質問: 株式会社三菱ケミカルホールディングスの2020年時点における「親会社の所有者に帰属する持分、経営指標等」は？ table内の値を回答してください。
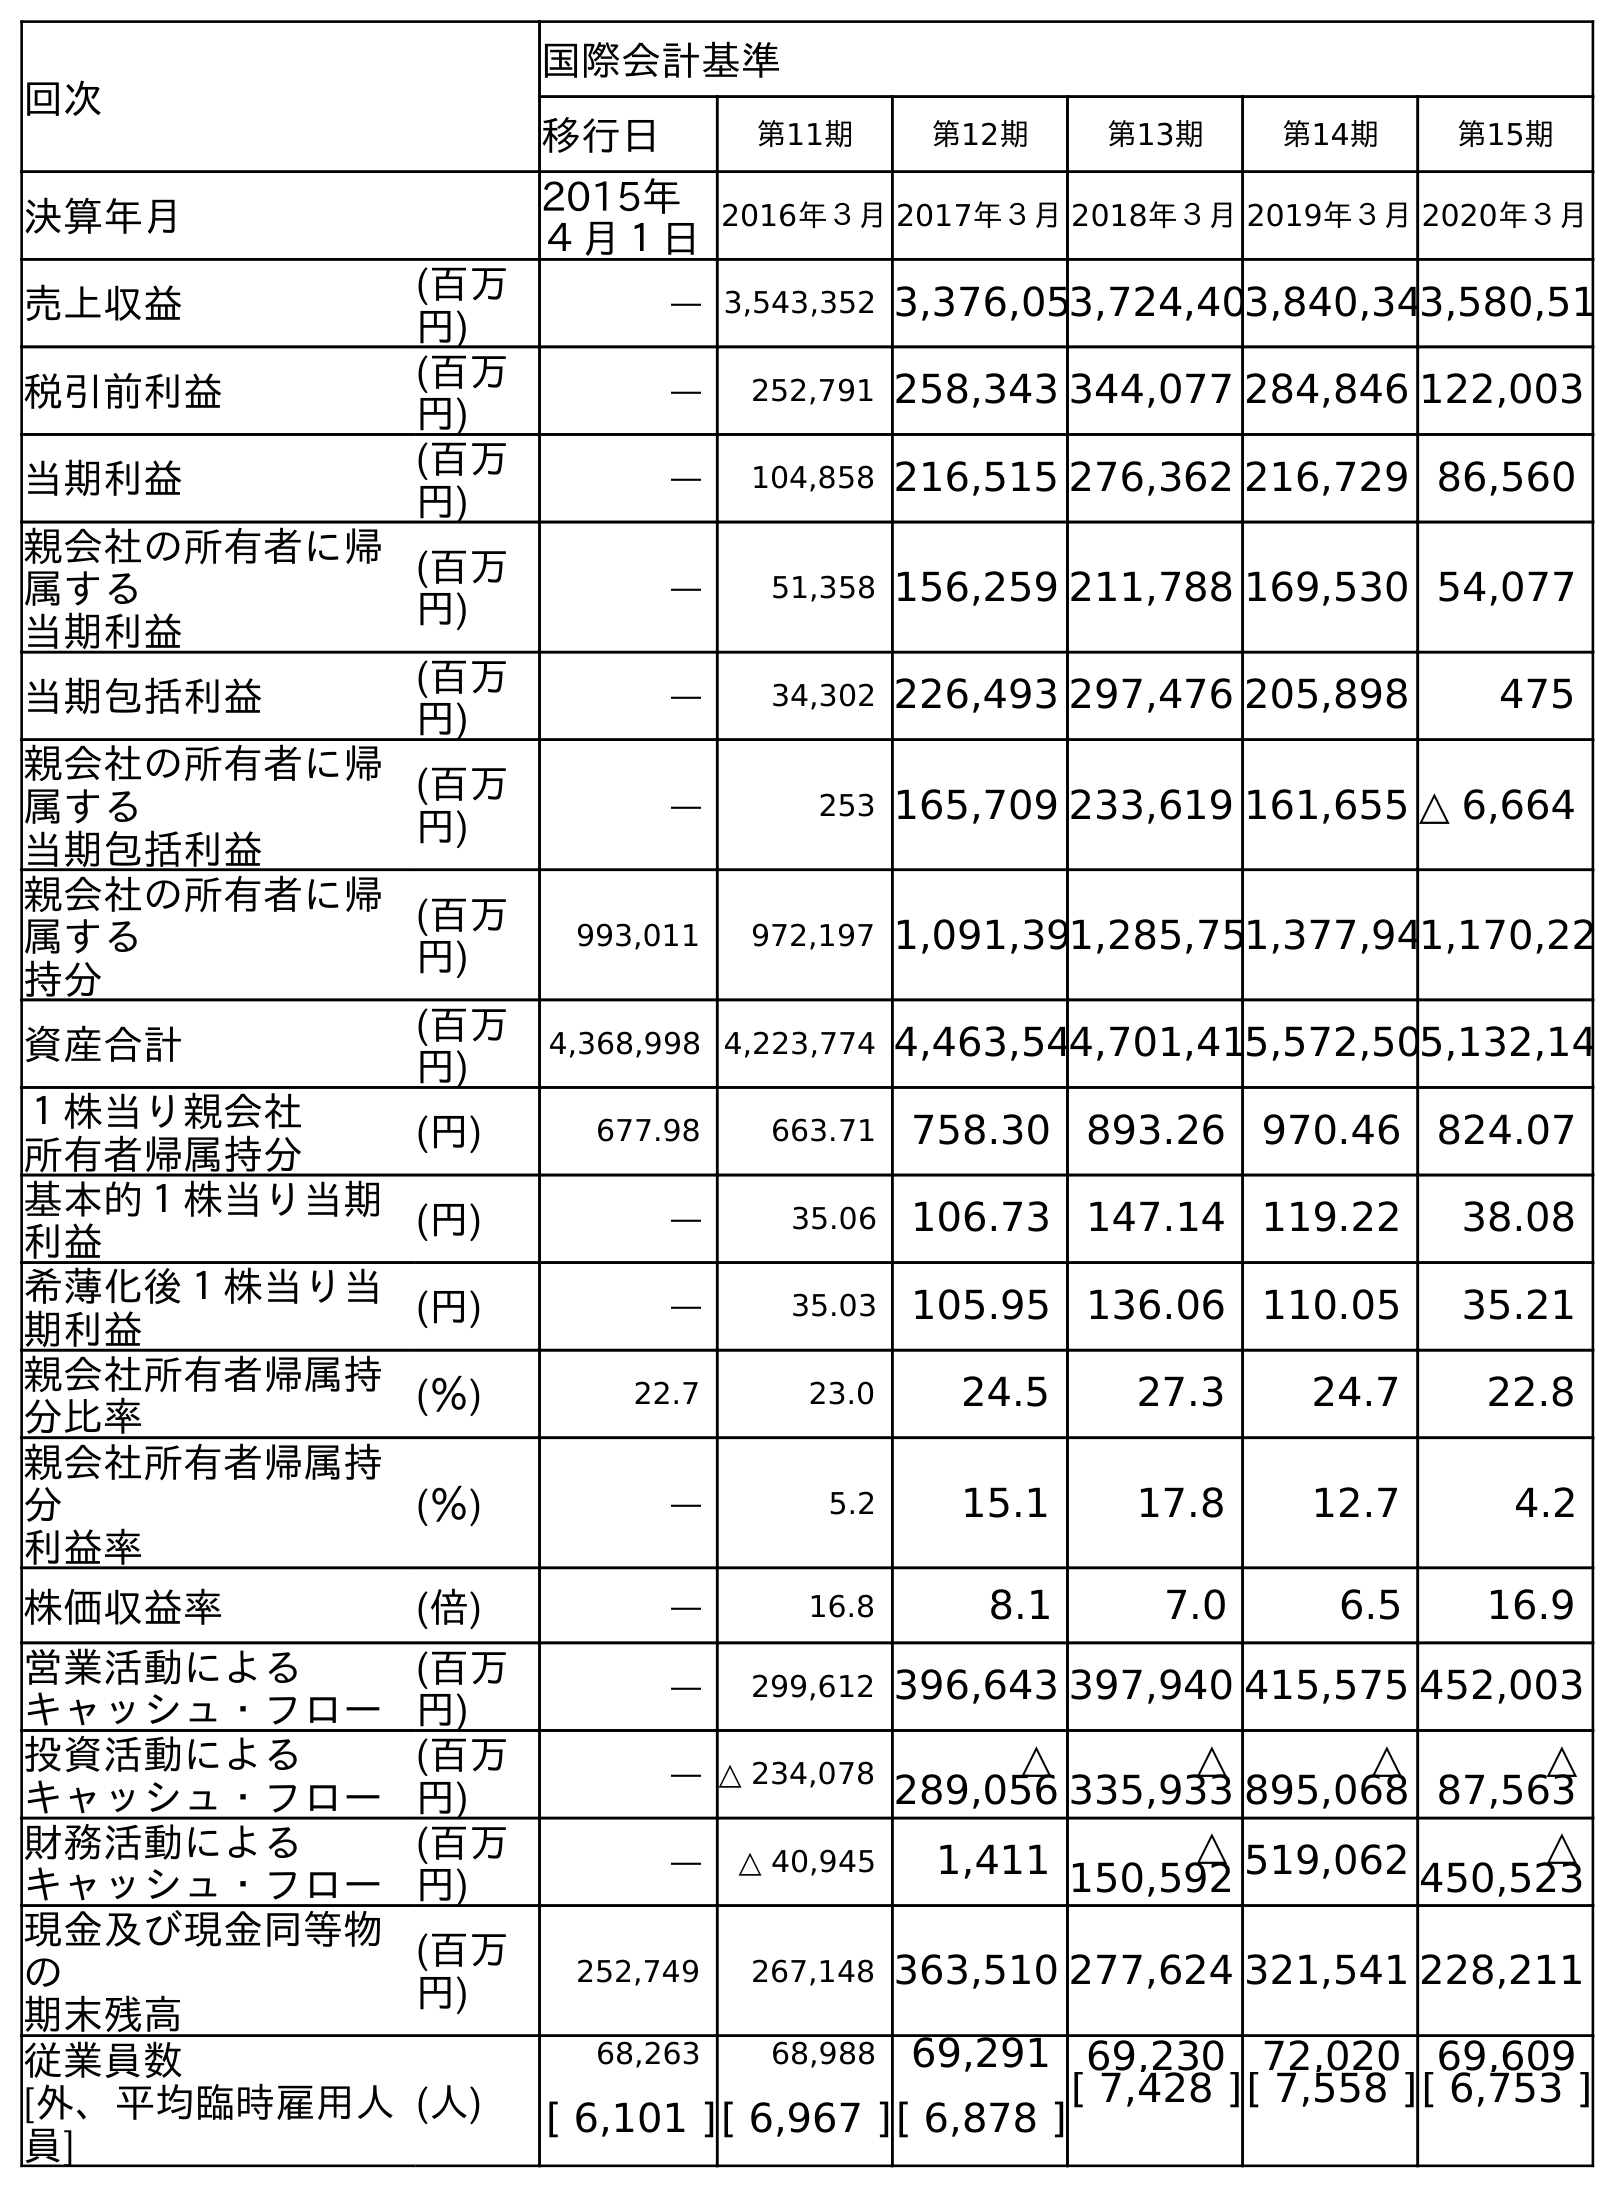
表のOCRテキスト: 回次 国際会計基準 移行日 第11期 第12期 第13期 第14期 第15期 決算年月 2015年 ４月１日 2016年３月2017年３月2018年３月2019年３月2020年３月 売上収益 (百万 円) ― 3,543,352 3,376,053,724,403,840,343,580,51 税引前利益 (百万 円) ― 252,791 258,343 344,077 284,846 122,003 当期利益 (百万 円) ― 104,858 216,515 276,362 216,729 86,560 親会社の所有者に帰 属する 当期利益 (百万 円) ― 51,358 156,259 211,788 169,530 54,077 当期包括利益 (百万 円) ― 34,302 226,493 297,476 205,898 475 親会社の所有者に帰 属する 当期包括利益 (百万 円) ― 253 165,709 233,619 161,655 △ 6,664 親会社の所有者に帰 属する 持分 (百万 円) 993,011 972,197 1,091,391,285,751,377,941,170,22 資産合計 (百万 円) 4,368,998 4,223,774 4,463,544,701,415,572,505,132,14 １株当り親会社 所有者帰属持分 (円) 677.98 663.71 758.30 893.26 970.46 824.07 基本的１株当り当期 利益 (円) ― 35.06 106.73 147.14 119.22 38.08 希薄化後１株当り当 期利益 (円) ― 35.03 105.95 136.06 110.05 35.21 親会社所有者帰属持 分比率 (％) 22.7 23.0 24.5 27.3 24.7 22.8 親会社所有者帰属持 分 利益率 (％) ― 5.2 15.1 17.8 12.7 4.2 株価収益率 (倍) ― 16.8 8.1 7.0 6.5 16.9 営業活動による キャッシュ・フロー (百万 円) ― 299,612 396,643 397,940 415,575 452,003 投資活動による キャッシュ・フロー (百万 円) ― △ 234,078 △ 289,056 △ 335,933 △ 895,068 △ 87,563 財務活動による キャッシュ・フロー (百万 円) ― △ 40,945 1,411 △ 150,592 519,062 △ 450,523 現金及び現金同等物 の 期末残高 (百万 円) 252,749 267,148 363,510 277,624 321,541 228,211 従業員数 [外、平均臨時雇用人 員] (人) 68,263 68,988 69,291 69,230 72,020 69,609 [ 6,101 ][ 6,967 ][ 6,878 ][ 7,428 ][ 7,558 ][ 6,753 ]
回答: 1,170,222